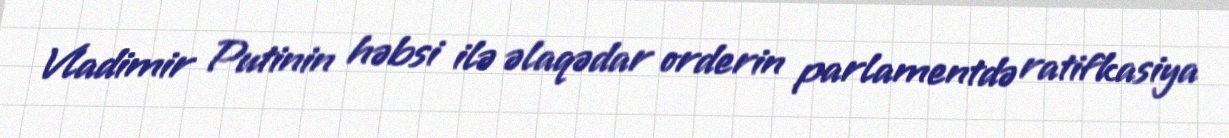
Vladimir Putinin həbsi ilə əlaqədar orderin parlamentdə ratifkasiya